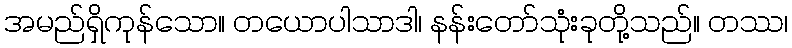
အမည်ရှိကုန်သော။ တယောပါသာဒါ၊ နန်းတော်သုံးခုတို့သည်။ တဿ၊